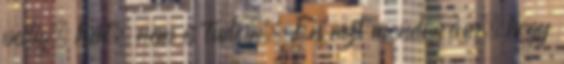
pedig. hát, nem is tudom. Én azt mondanám, hogy